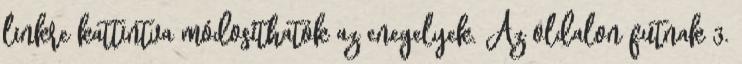
linkre kattintva módosíthatók az enegelyek. Az oldalon futnak 3.